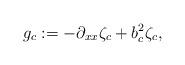
LaTeX: \begin{align*}g_c := -\partial_{xx} \zeta_c + b^2_{c} \zeta_c ,\end{align*}